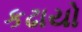
કઢાયો